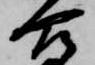
合